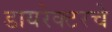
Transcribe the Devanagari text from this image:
डायरेक्टरचे